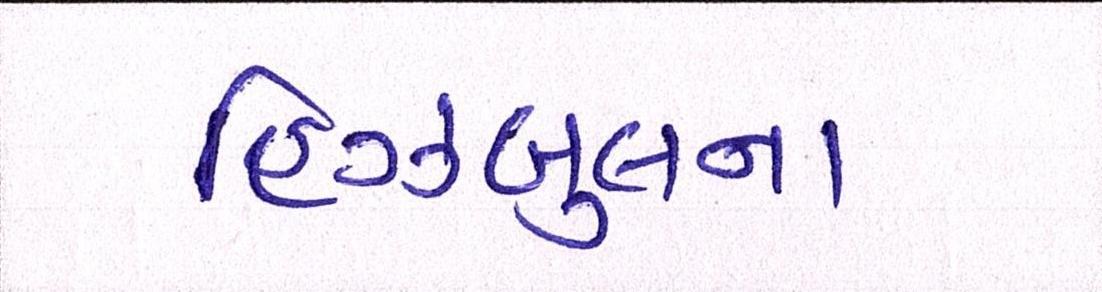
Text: હિઝબુલના